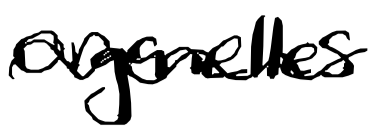
Text: organelles
Cross-out: wave
Writing tool: digital_black